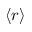
\langle r \rangle